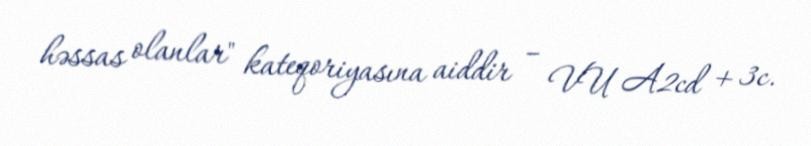
həssas olanlar" kateqoriyasına aiddir – VU A2cd + 3c.